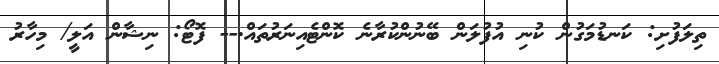
ތިލަފުށި: ކަނޑުމަގުން ކުނި އުފުލަން ބޭނުންކުރާނެ ކޮންޓެއިނަރުތައް.-- ފޮޓޯ: ނިޝާން އަލީ/ މިހާރު